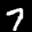
Label: 7